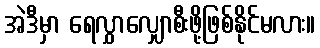
အဲဒီမှာ ရေလွှာလျှောစီးဖို့ဖြစ်နိုင်မလား။